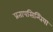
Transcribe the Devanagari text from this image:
प्रतापसिन्धिया